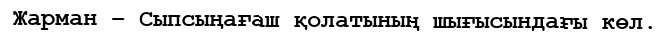
Жарман – Сыпсыңағаш қолатының шығысындағы көл.